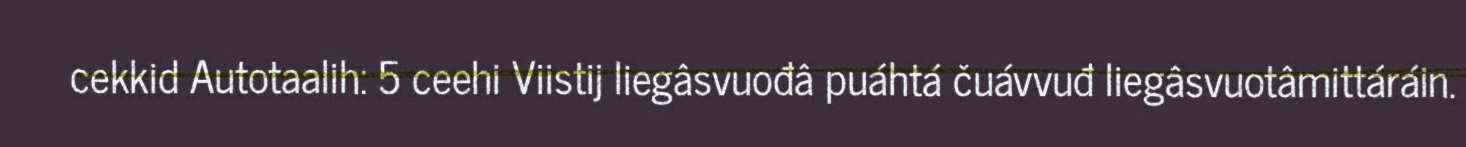
cekkid Autotaalih: 5 ceehi Viistij liegâsvuođâ puáhtá čuávvuđ liegâsvuotâmittáráin.